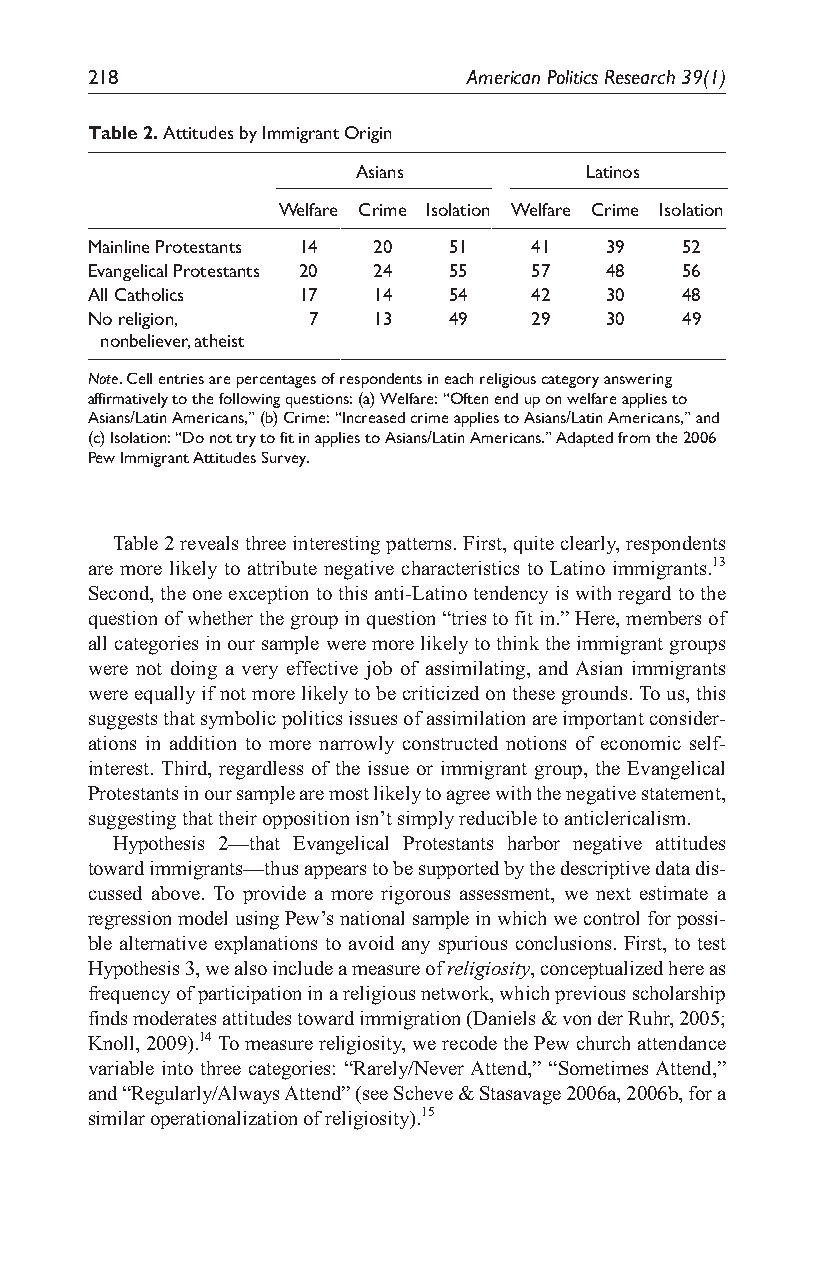
218                      American Politics Research 39(1)
 Table 2. Attitudes by Immigrant Origin
 Asians         Latinos
 Welfare Crime Isolation Welfare Crime Isolation
 Mainline Protestants 14 20 51 41  39   52
 Evangelical Protestants 20 24 55 57 48 56
 All Catholics 17   14   54   42   30   48
 No religion,  7    13   49   29   30   49
 nonbeliever, atheist
 Note. Cell entries are percentages of respondents in each religious category answering
 affirmatively to the following questions: (a) Welfare: “Often end up on welfare applies to
 Asians/Latin Americans,” (b) Crime: “Increased crime applies to Asians/Latin Americans,” and
 (c) Isolation: “Do not try to fit in applies to Asians/Latin Americans.” Adapted from the 2006
 Pew Immigrant Attitudes Survey.
 Table 2 reveals three interesting patterns. First, quite clearly, respondents
 are more likely to attribute negative characteristics to Latino immigrants.13
 Second, the one exception to this anti-Latino tendency is with regard to the
 question of whether the group in question “tries to fit in.” Here, members of
 all categories in our sample were more likely to think the immigrant groups
 were not doing a very effective job of assimilating, and Asian immigrants
 were equally if not more likely to be criticized on these grounds. To us, this
 suggests that symbolic politics issues of assimilation are important consider-
 ations in addition to more narrowly constructed notions of economic self-
 interest. Third, regardless of the issue or immigrant group, the Evangelical
 Protestants in our sample are most likely to agree with the negative statement,
 suggesting that their opposition isn’t simply reducible to anticlericalism.
 Hypothesis 2—that Evangelical Protestants harbor negative attitudes
 toward immigrants—thus appears to be supported by the descriptive data dis-
 cussed above. To provide a more rigorous assessment, we next estimate a
 regression model using Pew’s national sample in which we control for possi-
 ble alternative explanations to avoid any spurious conclusions. First, to test
 Hypothesis 3, we also include a measure of religiosity, conceptualized here as
 frequency of participation in a religious network, which previous scholarship
 finds moderates attitudes toward immigration (Daniels & von der Ruhr, 2005;
 Knoll, 2009).14 To measure religiosity, we recode the Pew church attendance
 variable into three categories: “Rarely/Never Attend,” “Sometimes Attend,”
 and “Regularly/Always Attend” (see Scheve & Stasavage 2006a, 2006b, for a
 similar operationalization of religiosity).15